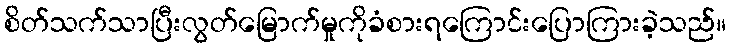
စိတ်သက်သာပြီးလွတ်မြောက်မှုကိုခံစားရကြောင်းပြောကြားခဲ့သည်။